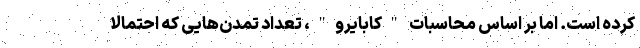
کرده است. اما بر اساس محاسبات "کابایرو"، تعداد تمدن‌هایی که احتمالاً